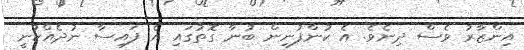
އިންޒާރު ވެސް ދިނެވެ. އެ ކުންފުނިން ބުނާ ގޮތުގައި އެ ފައިސާ ނުދެއްކުނީ